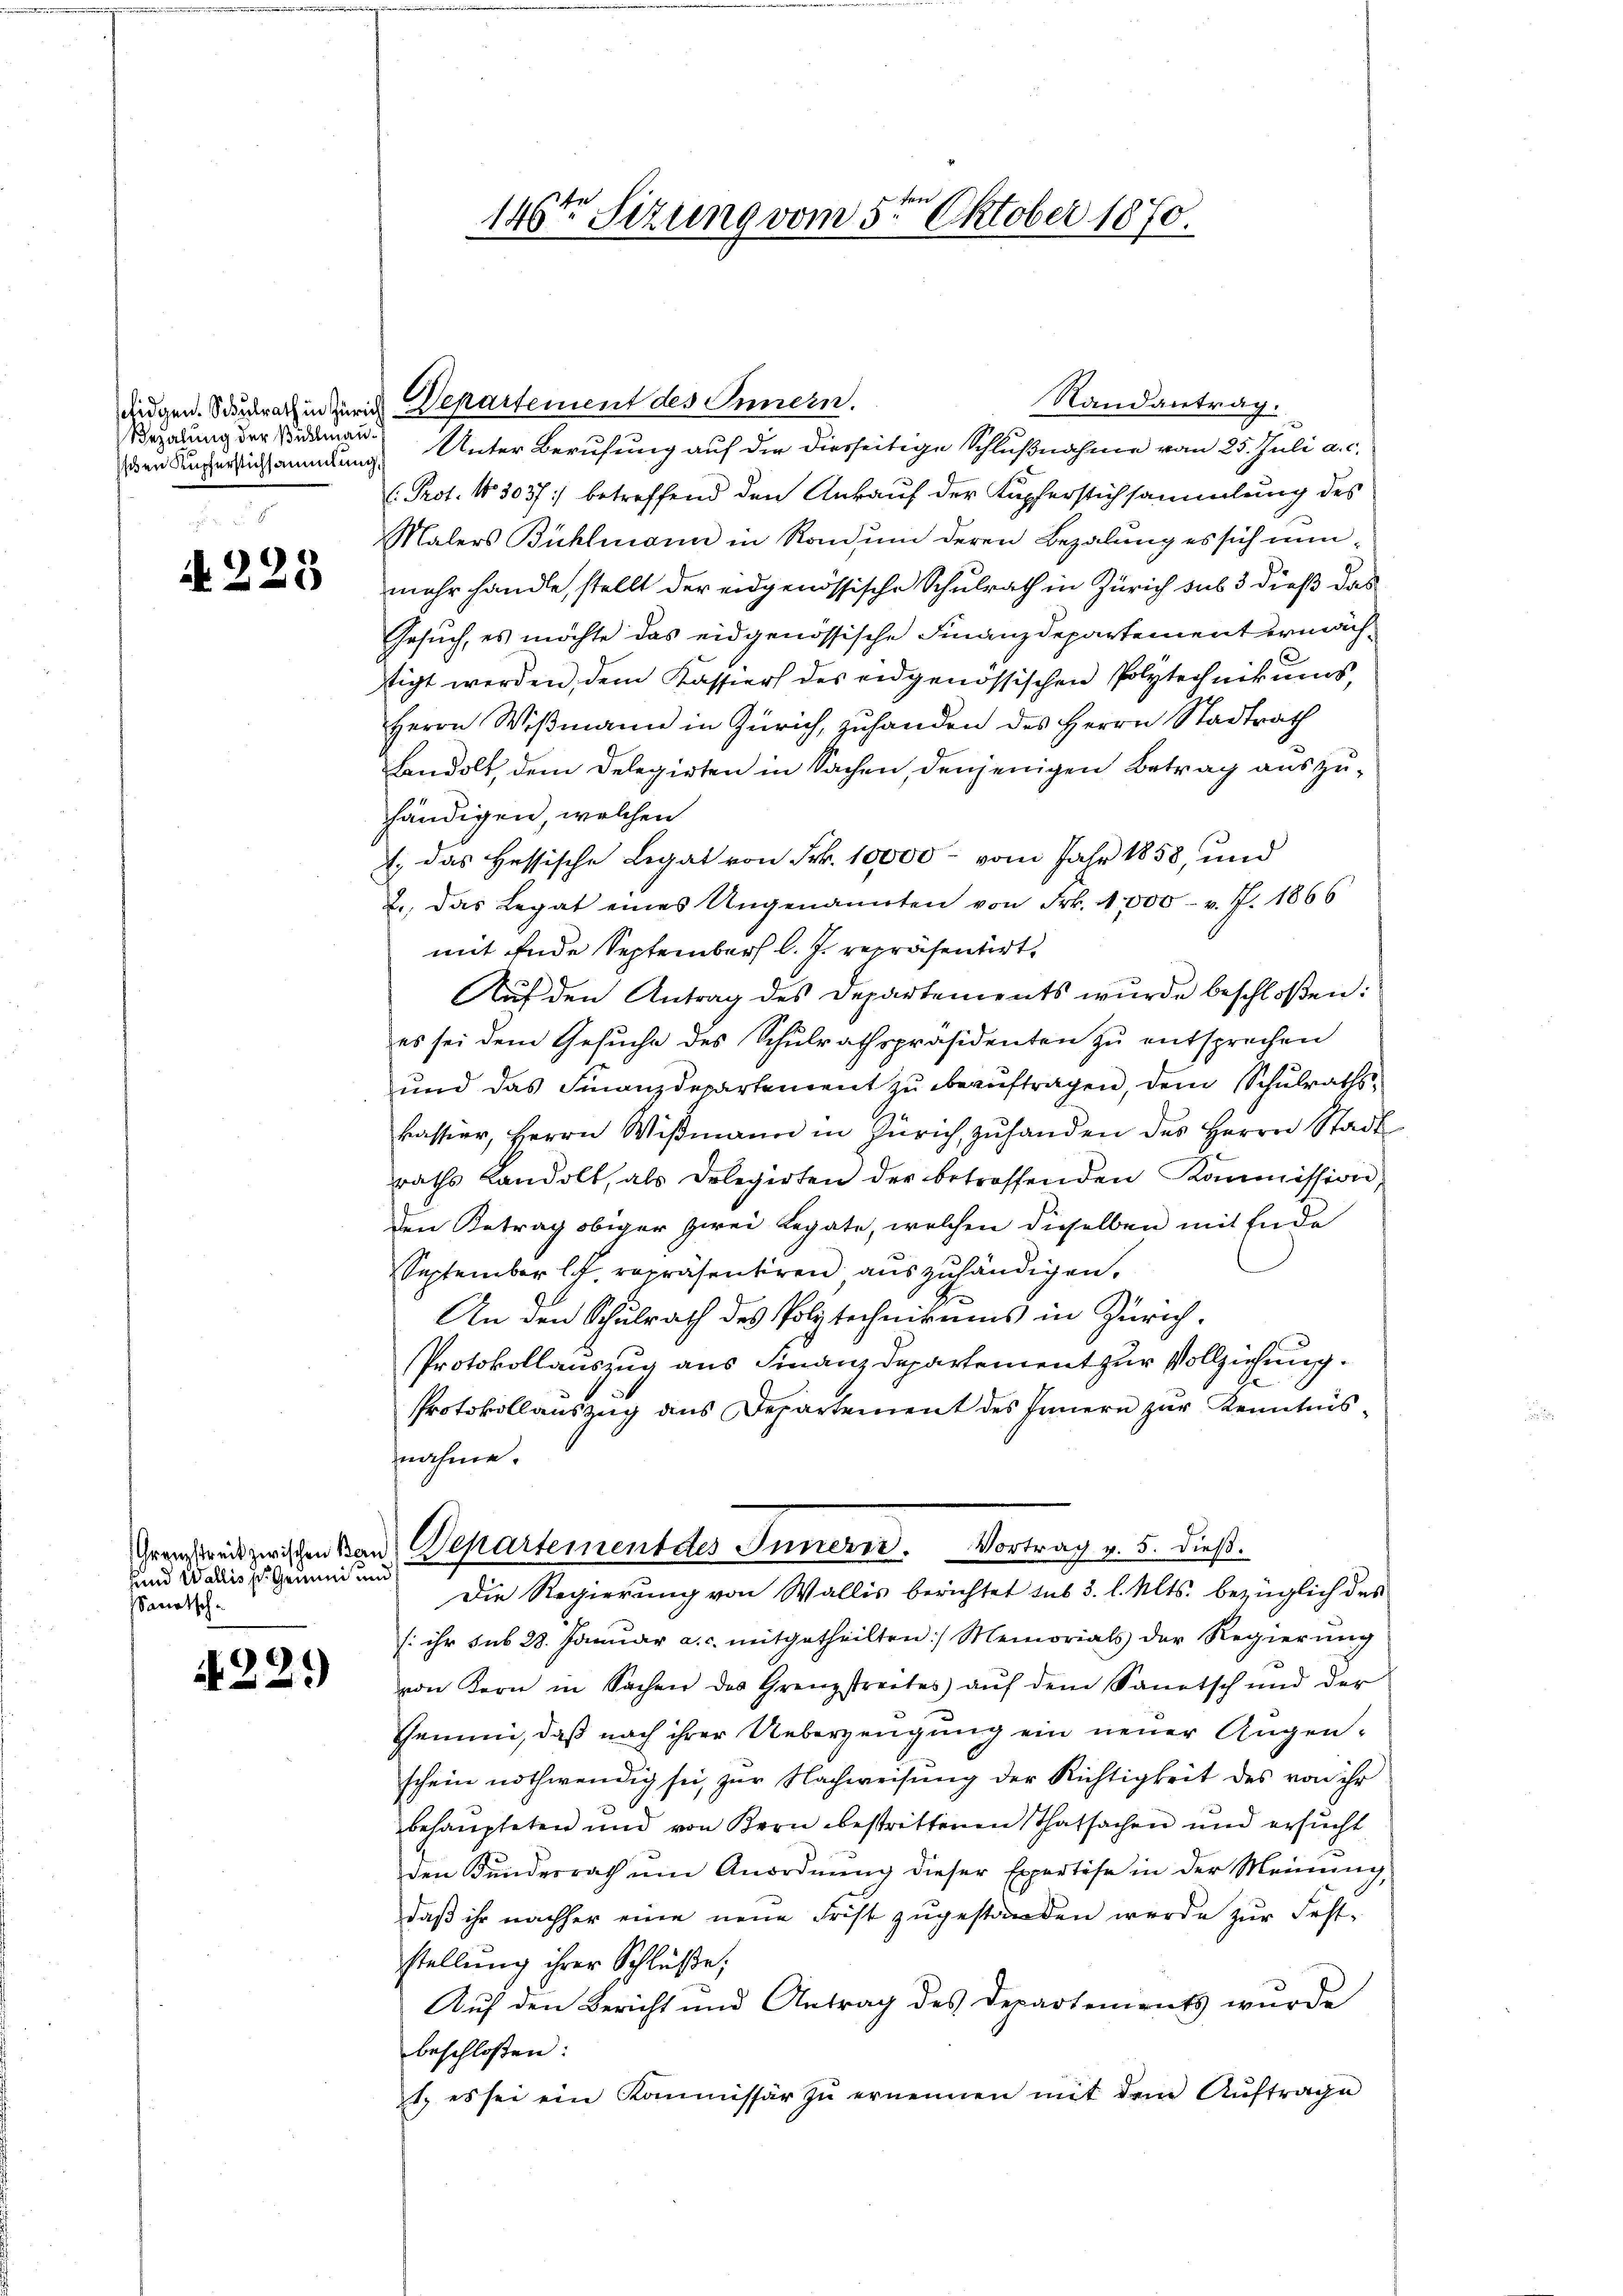
sfidgen. Schulrath in Züric
Bezalung der Bühlmann
schen Kupferstichsammlung

99
i

und Wallis s. Genüni und
Sanatsch

A229)

Randantrag.
 Departement des Innern.
u Unter Berufung auf die diesseitige Schlußnahme vom 25. Juli a. c.
Prot. 13037: betreffend den Ankauf der Kupferstichsammlung des
Malers Bühlmann in Raum deren Bezalung es sich nunmehr handle, stellt der eidgenössische Schulrath in Zürich sub 3 dieß das
Gesuch, es möchte das eidgenössische Finanzdepartement ermächtigt werden, dem Kassiers des eidgenössischen Polytechnikums,
Herrn Wißmann in Zürich, zuhanden des Herrn Stadtrath
Lndolt, dem Delegirten in Sachen, denjenigen Betrag auszuhändigen, welchen
1., das Hessische Legat von Frk. 10000 vom Jahr 1858, und
2., das Legat eines Ungenannten von Frk. 4000. v. J. 1866
mit Ende September l. J. repräsentirt.
Auf den Antrag des Departements wurde beschloßen:
es sei dem Gesuche des Schulrathspräsidenten zu entsprechen
und das Finanzdepartement zu beauftragen, dem Schulraths
kassier, Herrn Wismann in Zürich, zuhanden des Herrn Stadt
raths Landolt, als Delegirten der betreffenden Kommission,
den Betrag obiger zwei Legate, welchen dieselben mit Ende
September lit. repräsentiren auszuhändigen.
An den Schulrath des Polytechnikums in Zürich¬
Protokollauszug aus Finanz Departement zur Vollziehung.
Protokollauszug aus Departement des Innern zur Kenntnisnahme.
Grenzpreis zwischen kan Departement des Innern. Vortrag v. 5. dieβ.
Die Regierung von Wallis berichtet sub 3. l. Mts. bezüglich des
(ihr sub 28. Januar a. c. mitgetheilten Memorials der Regierung
von Kern in Sachen des Grenzstreites auf dem Sanitsch und der
Gemune, daß nach ihrer Ueberzeugung ein neuer Augenschein nothwendig sei, zur Nachweisung der Richtigkeit des von ihr
behaupteten und von Bern bestrittenen Thatsachen und ersucht
den Bundesrath um Anordnung dieser Expertise in der Meinung
daß ihr nachher eine neue Frist zugestanden werde zur Fest-
stellung ihrer Schlüße;
Auf den Bericht und Antrag des Departements wurde
beschloßen:
1. es sei ein Kommissär zŭ ernennen mit dem Auftrage

146ten Sizung vom 5ten Oktober 1870.